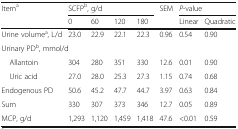
<table><thead><tr><td rowspan="2"><b>Item<sup>a</sup></b></td><td colspan="4"><b>SCFP<sup>b</sup>, g/d</b></td><td rowspan="2"><b>SEM</b></td><td colspan="2"><b><i>P</i>-value</b></td></tr><tr><td><b>0</b></td><td><b>60</b></td><td><b>120</b></td><td><b>180</b></td><td><b>Linear</b></td><td><b>Quadratic</b></td></tr></thead><tbody><tr><td>Urine volume<sup>a</sup>, L/d</td><td>23.0</td><td>22.9</td><td>22.1</td><td>22.3</td><td>0.96</td><td>0.54</td><td>0.90</td></tr><tr><td colspan="8">Urinary PD<sup>b</sup>, mmol/d</td></tr><tr><td> Allantoin</td><td>304</td><td>280</td><td>351</td><td>330</td><td>12.6</td><td>0.01</td><td>0.90</td></tr><tr><td> Uric acid</td><td>27.0</td><td>28.0</td><td>25.3</td><td>27.3</td><td>1.15</td><td>0.74</td><td>0.68</td></tr><tr><td>Endogenous PD</td><td>50.6</td><td>45.2</td><td>47.7</td><td>44.7</td><td>3.97</td><td>0.63</td><td>0.84</td></tr><tr><td>Sum</td><td>330</td><td>307</td><td>373</td><td>346</td><td>12.7</td><td>0.05</td><td>0.89</td></tr><tr><td>MCP, g/d</td><td>1,293</td><td>1,120</td><td>1,459</td><td>1,418</td><td>47.6</td><td>&lt;0.01</td><td>0.59</td></tr></tbody></table>